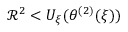
{ \mathcal R } ^ { 2 } < U _ { \xi } ( \theta ^ { ( 2 ) } ( \xi ) )